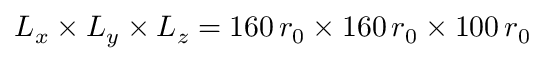
L _ { x } \times L _ { y } \times L _ { z } = 1 6 0 \, r _ { 0 } \times 1 6 0 \, r _ { 0 } \times 1 0 0 \, r _ { 0 }